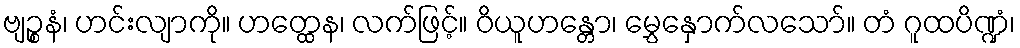
ဗျဉ္စနံ၊ ဟင်းလျာကို။ ဟတ္ထေန၊ လက်ဖြင့်။ ဝိယူဟန္တော၊ မွှေနှောက်လသော်။ တံ ဂူထပိဏ္ဍံ၊